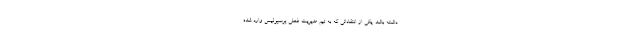
داشته باشد. یکی از انتقاداتی که به تیم مدیریت فعلی پرسپولیس وارد شده